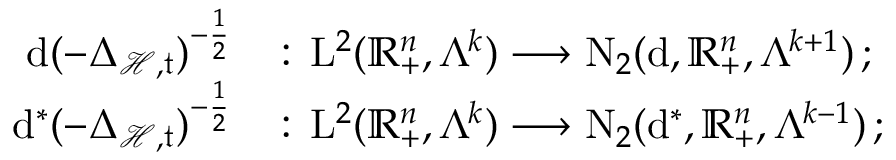
\begin{array} { r l } { \mathrm { d } ( - \Delta _ { \mathcal { H } , \mathfrak { t } } ) ^ { - \frac { 1 } { 2 } } \, } & { : \, \mathrm { L } ^ { 2 } ( \mathbb { R } _ { + } ^ { n } , \Lambda ^ { k } ) \longrightarrow \mathrm { N } _ { 2 } ( \mathrm { d } , \mathbb { R } _ { + } ^ { n } , \Lambda ^ { k + 1 } ) \, ; } \\ { \mathrm { d } ^ { \ast } ( - \Delta _ { \mathcal { H } , \mathfrak { t } } ) ^ { - \frac { 1 } { 2 } } \, } & { : \, \mathrm { L } ^ { 2 } ( \mathbb { R } _ { + } ^ { n } , \Lambda ^ { k } ) \longrightarrow \mathrm { N } _ { 2 } ( \mathrm { d } ^ { \ast } , \mathbb { R } _ { + } ^ { n } , \Lambda ^ { k - 1 } ) \, ; } \end{array}